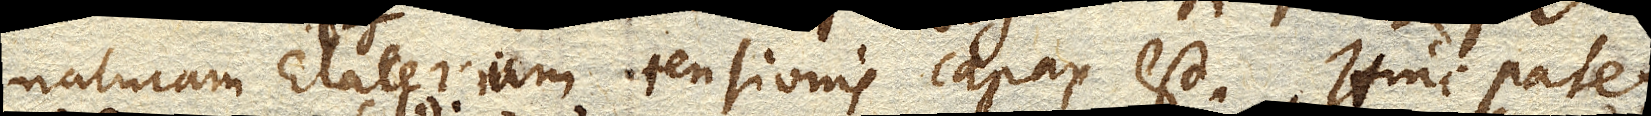
naturam Elaterium tensionis capax est. Hinc patet